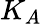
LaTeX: K_{A}